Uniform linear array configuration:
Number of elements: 48
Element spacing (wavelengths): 0.5
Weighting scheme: hamming
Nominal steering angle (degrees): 0
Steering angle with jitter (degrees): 0.5597
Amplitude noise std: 0.05
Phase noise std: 0.05

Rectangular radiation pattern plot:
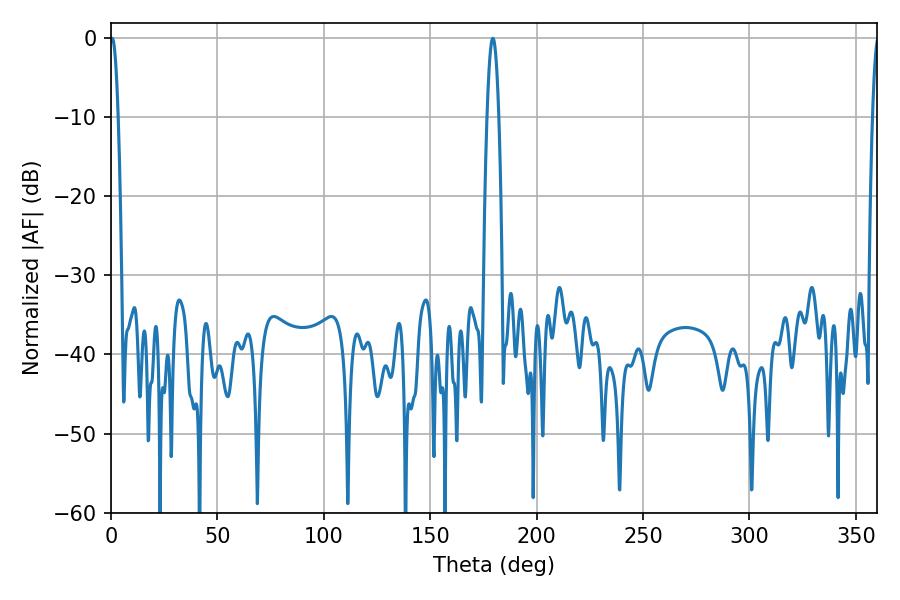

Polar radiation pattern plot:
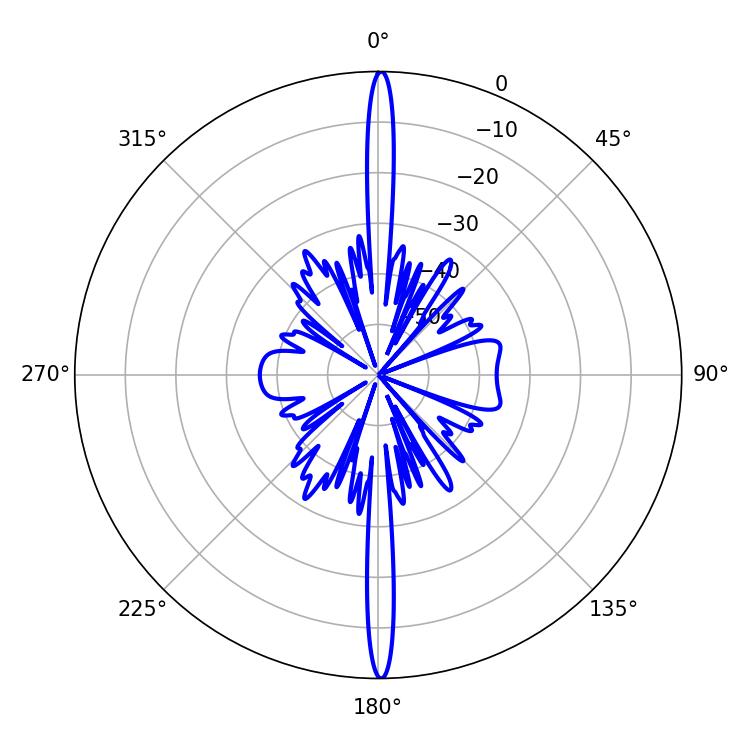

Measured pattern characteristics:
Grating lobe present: FALSE
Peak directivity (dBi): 32.34
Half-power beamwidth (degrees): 1.98
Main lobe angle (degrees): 0.54